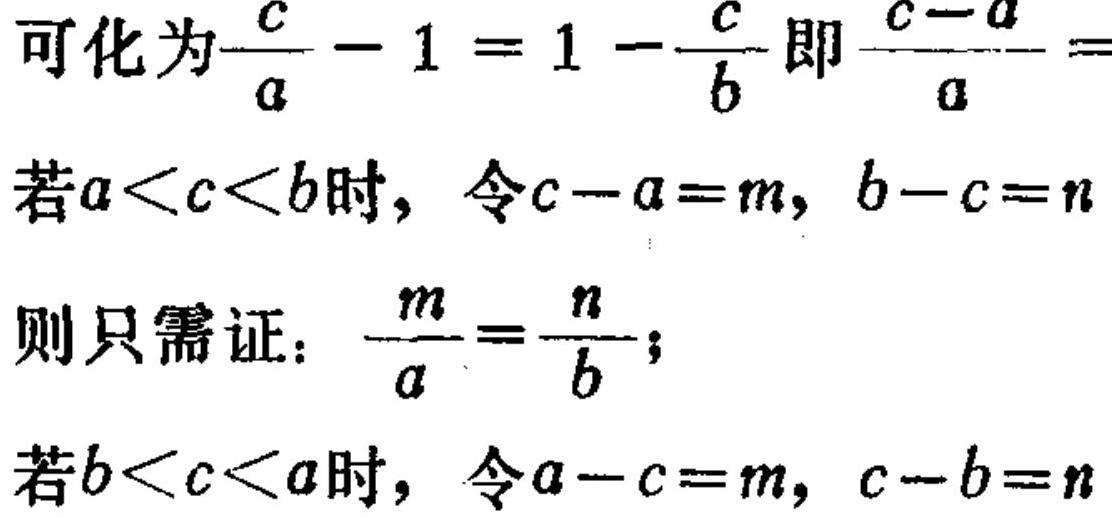
可化为$\frac{c}{a}-1 = 1-\frac{c}{b}$即$\frac{c - a}{a}=$
若$a < c < b$时，令$c - a = m$，$b - c = n$
则只需证：$\frac{m}{a}=\frac{n}{b}$；
若$b < c < a$时，令$a - c = m$，$c - b = n$